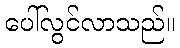
ပေါ်လွင်လာသည်။